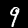
Digit: 9